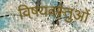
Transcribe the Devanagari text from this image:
विषयवस्‍तुओं